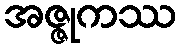
အဇ္ဇုကဿ